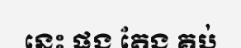
នេះ ផង តែង គប់